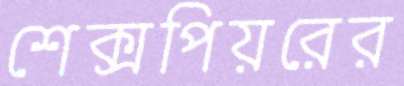
শেক্সপিয়রের